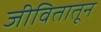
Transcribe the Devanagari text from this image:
जीवितातून